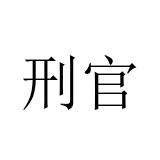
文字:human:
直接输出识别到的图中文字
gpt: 刑官